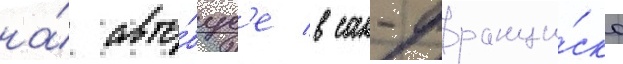
на́ авто́бус'е в сан-франци́ско